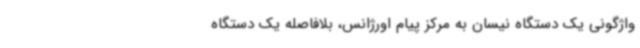
واژگونی یک دستگاه نیسان به مرکز پیام اورژانس، بلافاصله یک دستگاه